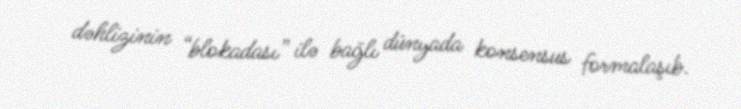
dəhlizinin “blokadası” ilə bağlı dünyada konsensus formalaşıb.